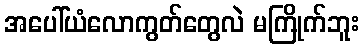
အပေါ်ယံလောကွတ်တွေလဲ မကြိုက်ဘူး